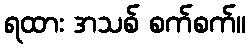
ရထား အသစ် စက်စက်။